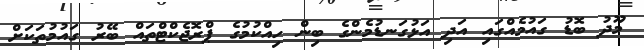
މޫދު ބޮޑު ގައުމެއްގައި އަދި އަޅުގަނޑުމެންގެ ބިން ހިއްކުމުގެ ޕްރޮޖެކްޓްތައް ބޭރު ގައުމުތަކަށް